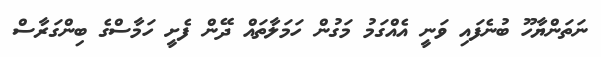
ނަތަންޔާހޫ ބުނެފައި ވަނީ އެއްގަމު މަގުން ހަމަލާތައް ދޭން ފެށީ ހަމާސްގެ ބިންގަރާސް